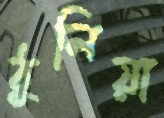
ঠুলিয়া